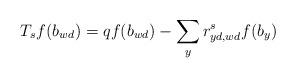
LaTeX: \begin{align*}T_sf(b_{wd})=qf(b_{wd})-\sum_yr^s_{yd,wd}f(b_y)\end{align*}